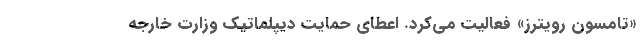
«تامسون رویترز» فعالیت می‌کرد. اعطای حمایت دیپلماتیک وزارت خارجه